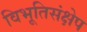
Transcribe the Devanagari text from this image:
विभूतिसंक्षेप